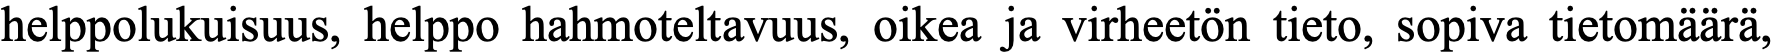
helppolukuisuus, helppo hahmoteltavuus, oikea ja virheetön tieto, sopiva tietomäärä,